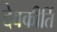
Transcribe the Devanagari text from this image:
देवकीर्ति